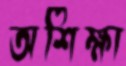
অশিক্ষা